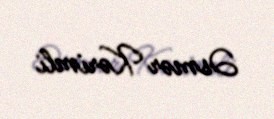
Əsmər Kərimli